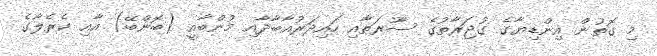
މި ގޮތުން އިންޑިޔާގެ ގުޖަރާތުގެ ސޫރަތާއި ހައިދަރުއާބާދާއި މުންބާއީ (ބޮންބޭ) އާއި ކެރެލާގެ